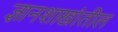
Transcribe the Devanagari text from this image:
ज्ञानशाखांतील